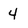
Character: 4